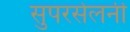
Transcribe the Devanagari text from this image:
सुपरसेलनी